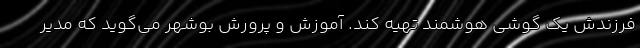
فرزندش یک گوشی هوشمند تهیه کند. آموزش و پرورش بوشهر می‌گوید که مدیر